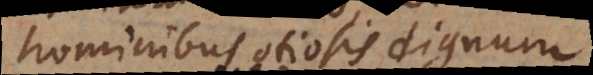
hominibus otiosis dignum,